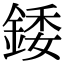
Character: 錗